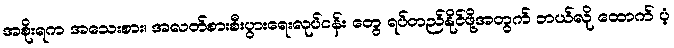
အစိုးရက အသေးစား၊ အလတ်စားစီးပွားရေးလုပ်ငန်း တွေ ရပ်တည်နိုင်ဖို့အတွက် ဘယ်လို ထောက် ပံ့